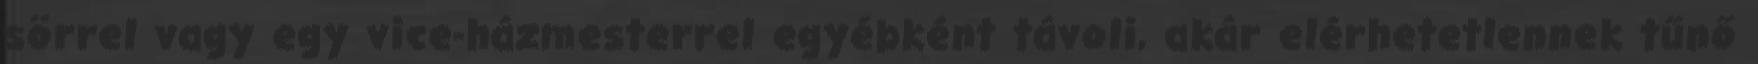
sörrel vagy egy vice-házmesterrel egyébként távoli, akár elérhetetlennek tűnő